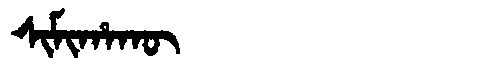
Manchu: ᠰᡳᠮᡳᡥᠠᡴᡡ
Romanization: SIMIHAKŪ